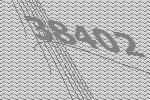
38402